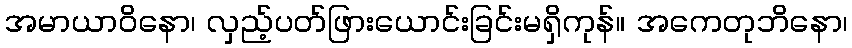
အမာယာဝိနော၊ လှည့်ပတ်ဖြားယောင်းခြင်းမရှိကုန်။ အကေတုဘိနော၊